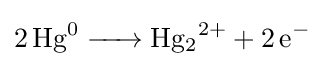
{\ce {2Hg^0 -> Hg2^2+ + 2e^-}}